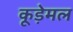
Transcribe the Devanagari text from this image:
कूड़ेमल